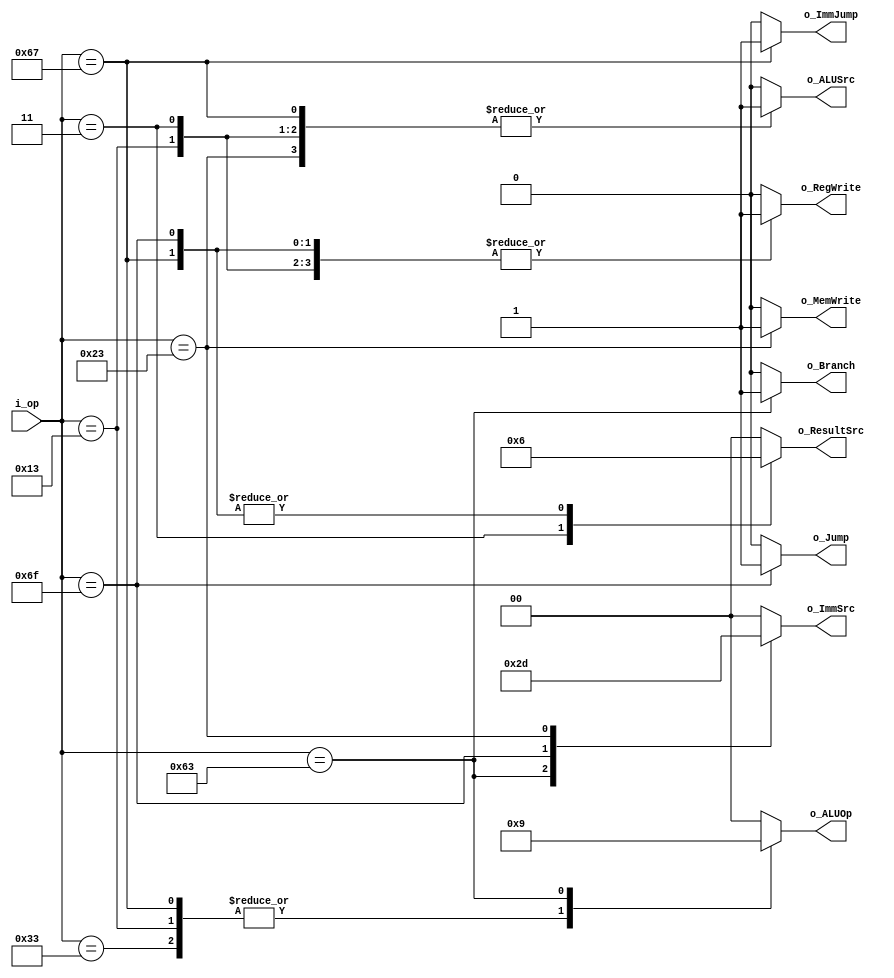
module main_decoder (
	input    wire	[6:0]	i_op		,
	output   reg			o_Branch	,
	output   reg			o_Jump	 	,
	output   reg			o_ImmJump   , //jalr instruction enhancement
	output   reg	[1:0]	o_ResultSrc , //Values are defined in Figure 7.17
	output   reg			o_MemWrite	,
	output   reg			o_ALUSrc	,
	output   reg	[1:0]	o_ImmSrc	, //Values are defined in Table 7.5
	output   reg			o_RegWrite  ,
	output   reg	[1:0]	o_ALUOp       //Values are defined in Table 7.3
	);

always @(*) 
	begin
		case (i_op)
		//-- R-instructions
		7'b0110011: //add,sub,and,or
			begin
				o_Branch	= 1'b0  ;
				o_Jump	 	= 1'b0  ;
				o_ImmJump   = 1'b0  ;
				o_ResultSrc = 2'b00 ;
				o_MemWrite	= 1'b0  ;
				o_ALUSrc	= 1'b0  ;
				o_ImmSrc	= 2'b00 ;
				o_RegWrite  = 1'b1  ;
				o_ALUOp		= 2'b10 ;
			end

		//-- I-instructions
		7'b0010011: //addi,andi,ori
			begin
				o_Branch	= 1'b0  ;
				o_Jump	 	= 1'b0  ;
				o_ImmJump   = 1'b0  ;
				o_ResultSrc = 2'b00 ;
				o_MemWrite	= 1'b0  ;
				o_ALUSrc	= 1'b1  ;
				o_ImmSrc	= 2'b00 ;
				o_RegWrite  = 1'b1  ;
				o_ALUOp		= 2'b10 ;
			end
		7'b0000011: //lw
			begin
				o_Branch	= 1'b0  ;
				o_Jump	 	= 1'b0  ;
				o_ImmJump   = 1'b0  ;
				o_ResultSrc = 2'b01 ;
				o_MemWrite	= 1'b0  ;
				o_ALUSrc	= 1'b1  ;
				o_ImmSrc	= 2'b00 ; 
				o_RegWrite  = 1'b1  ;
				o_ALUOp		= 2'b00 ;
			end
		7'b1100111: //jalr
			begin
				o_Branch	= 1'b0  ;
				o_Jump	 	= 1'b0  ;
				o_ImmJump   = 1'b1  ;
				o_ResultSrc = 2'b10 ;
				o_MemWrite	= 1'b0  ;
				o_ALUSrc	= 1'b1  ;
				o_ImmSrc	= 2'b00 ;
				o_RegWrite  = 1'b1  ;
				o_ALUOp		= 2'b10 ;
			end

		//-- B-instructions
		7'b1100011: //beq,bne
			begin
				o_Branch	= 1'b1  ;
				o_Jump	 	= 1'b0  ;
				o_ImmJump   = 1'b0  ;
				o_ResultSrc = 2'b00 ;
				o_MemWrite	= 1'b0  ;
				o_ALUSrc	= 1'b0  ;
				o_ImmSrc	= 2'b10 ;
				o_RegWrite  = 1'b0  ;
				o_ALUOp		= 2'b01 ;
			end

		//-- J-instructions
		7'b1101111: //jal
			begin
				o_Branch	= 1'b0  ;
				o_Jump	 	= 1'b1  ;
				o_ImmJump   = 1'b0  ;
				o_ResultSrc = 2'b10 ;
				o_MemWrite	= 1'b0  ;
				o_ALUSrc	= 1'b0  ;
				o_ImmSrc	= 2'b11 ;
				o_RegWrite  = 1'b1  ;
				o_ALUOp		= 2'b00 ;
			end

		//-- S-instructions
		7'b0100011: //sw
			begin
				o_Branch	= 1'b0  ;
				o_Jump	 	= 1'b0  ;
				o_ImmJump   = 1'b0  ;
				o_ResultSrc = 2'b00 ;
				o_MemWrite	= 1'b1  ;
				o_ALUSrc	= 1'b1  ;
				o_ImmSrc	= 2'b01 ;
				o_RegWrite  = 1'b0  ;
				o_ALUOp		= 2'b00 ;			
			end

		//-- Default Case
		default: 
			begin
				o_Branch	= 1'b0  ;
				o_Jump	 	= 1'b0  ;
				o_ImmJump   = 1'b0  ;
				o_ResultSrc = 2'b00 ;
				o_MemWrite	= 1'b0  ;
				o_ALUSrc	= 1'b0  ;
				o_ImmSrc	= 2'b00 ;
				o_RegWrite  = 1'b0  ;
				o_ALUOp		= 2'b00 ;			
			end
		endcase
	end


endmodule